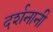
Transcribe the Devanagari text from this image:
दर्शनानी